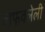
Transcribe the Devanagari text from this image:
वाफवलेली